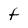
Character: f